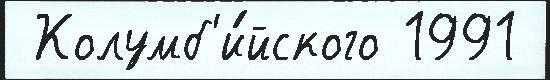
 Колумб'и́йского 1991